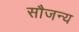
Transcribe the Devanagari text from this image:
सौजन्‍य